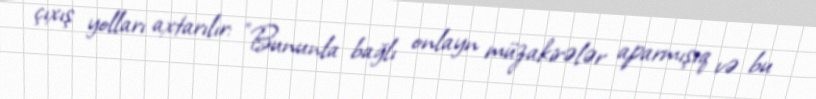
çıxış yolları axtarılır: "Bununla bağlı onlayn müzakirələr aparmışıq və bu